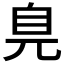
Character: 𦣾